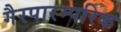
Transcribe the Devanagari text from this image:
गैरपारम्परिक